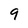
Character: 9